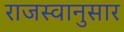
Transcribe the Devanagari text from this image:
राजस्वानुसार